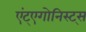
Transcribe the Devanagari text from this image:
एंट्एगोनिस्ट्स